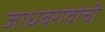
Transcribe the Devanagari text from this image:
जाधवरावांची